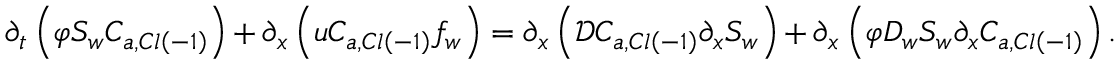
\partial _ { t } \left( \varphi S _ { w } C _ { a , C l \left( - 1 \right) } \right) + \partial _ { x } \left( u C _ { a , C l \left( - 1 \right) } f _ { w } \right) = \partial _ { x } \left( \mathcal { D } C _ { a , C l \left( - 1 \right) } \partial _ { x } S _ { w } \right) + \partial _ { x } \left( \varphi D _ { w } S _ { w } \partial _ { x } C _ { a , C l \left( - 1 \right) } \right) .